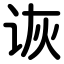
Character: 诙